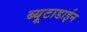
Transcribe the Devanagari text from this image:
ब्यूटाडाईन